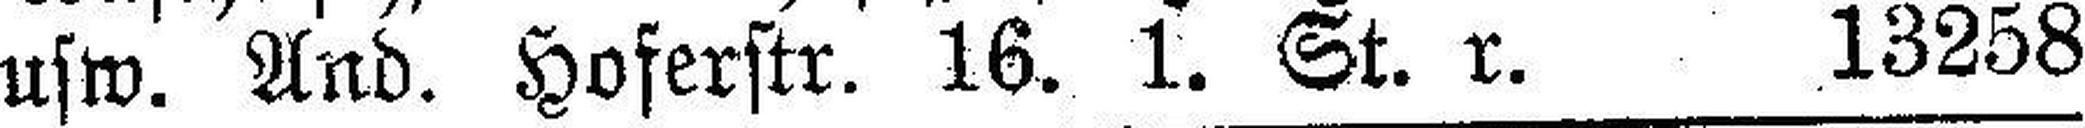
usw. And. Hoferstr. 16. 1. St. r. 13258